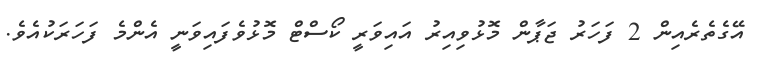
އޭގެތެރެއިން 2 ފަހަރު ޖަޕާން މޮޅުވިއިރު އައިވަރީ ކޯސްޓް މޮޅުވެފައިވަނީ އެންމެ ފަހަރަކުއެވެ.